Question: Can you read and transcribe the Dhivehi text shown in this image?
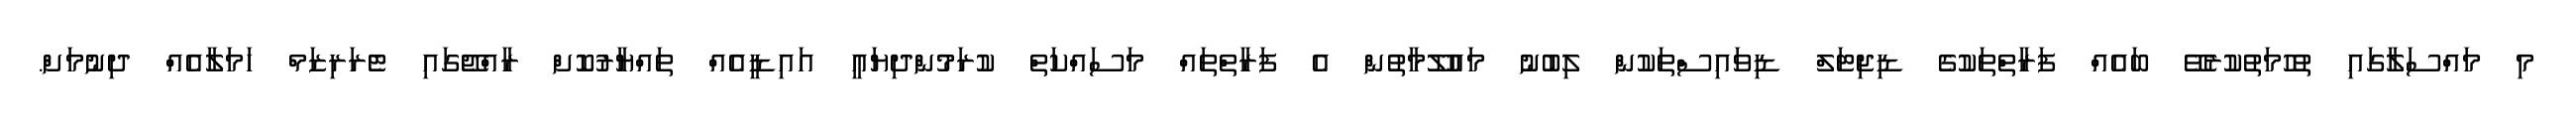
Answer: މި މައްސަލާގައި ތުހުމަތުކުރެވޭ ބައެއް ފަރާތްތަކުގެ ޑިޖިޓަލް ޑިވައިސްތަކުން ލިބުނު މައުލޫމާތުން އެ ފަރާތްތައް މަސައްކަތް ކުރަމުންދިޔައީ އައިޑީއެއް ތައްޔާރުކޮށް ރާއްޖޭގައި ޓެރަރިޒަމް ހަމަލާއެއް ދިނުމަށް.